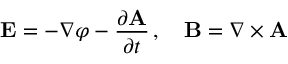
\mathbf { E } = - \nabla \varphi - { \frac { \partial \mathbf { A } } { \partial t } } \, , \quad \mathbf { B } = \nabla \times \mathbf { A }